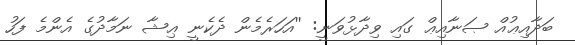
ބަދާއިޢުއް ޞަނާއިޢް ގައި ވިދާޅުވަނީ: ''އަހަރެމެން ދެކެނީ ޢިޝާ ނަމާދުގެ އެންމެ ފަހު